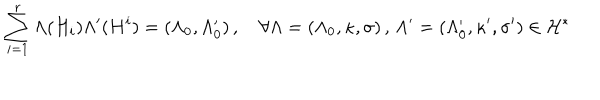
\sum _ { i = 1 } ^ { r } \Lambda ( H _ { i } ) \Lambda ^ { \prime } ( H ^ { i } ) = ( \Lambda _ { 0 } , \Lambda _ { 0 } ^ { \prime } ) \, , ~ \forall \Lambda = ( \Lambda _ { 0 } , \kappa , \sigma ) \, , \, \Lambda ^ { \prime } = ( \Lambda _ { 0 } ^ { \prime } , \kappa ^ { \prime } , \sigma ^ { \prime } ) \in { \cal H } ^ { * }